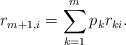
LaTeX: \begin{align*}r_{m+1,i}=\sum^{m}_{k=1} p_k r_{ki}.\end{align*}